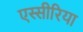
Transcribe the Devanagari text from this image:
एस्सीरिया